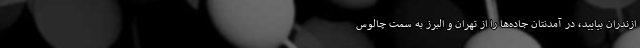
ازندران بیایید، در آمدنتان جاده‌ها را از تهران و البرز به سمت چالوس